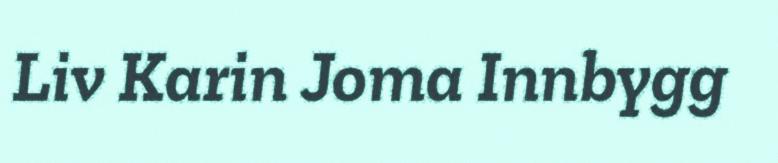
Liv Karin Joma Innbygg